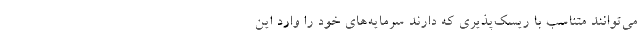
می‌توانند متناسب با ریسک‌پذیری که دارند سرمایه‌های خود را وارد این